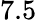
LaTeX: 7.5